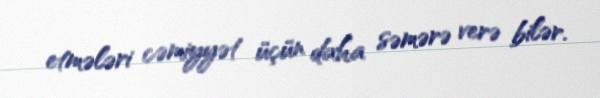
etmələri cəmiyyət üçün daha səmərə verə bilər.